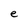
Character: e